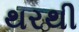
થરથી